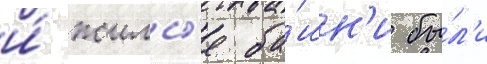
и́ жилы́е ба́шн'и бы́л'и